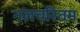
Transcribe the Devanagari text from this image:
नलचरितम